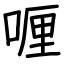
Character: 喱